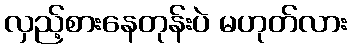
လှည့်စားနေတုန်းပဲ မဟုတ်လား